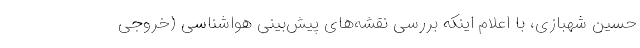
حسین شهبازی، با اعلام اینکه بررسی نقشه‌های پیش‌بینی هواشناسی (خروجی